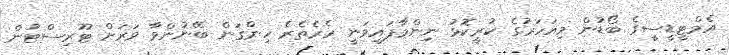
އެމްޓީޑީސީގެ ބޯޑުން މިއަހަރުގެ ކުރީކޮޅު ނިންމާފައިވަނީ ހެރެތެރެ ހިންގަން ބޭނުންވާ ވަރަށް ޓޫރިސްޓުން